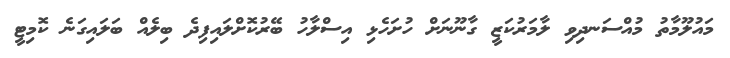
މައުލޫމާތު މުއްސަނދިވި ލާމަރުކަޒީ ގާނޫނަށް ހުށަހެޅި އިސްލާހު ބޭރުކޮށްލައިފިދެ ބިލެއް ބަލައިގަނެ ކޮމިޓީ